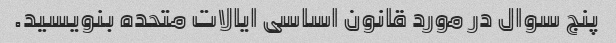
پنج سوال در مورد قانون اساسی ایالات متحده بنویسید.